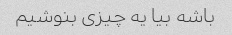
باشه بیا یه چیزی بنوشیم